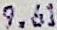
9.61